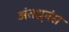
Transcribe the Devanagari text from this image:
अंतध्र्वंस